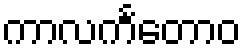
ကာလင်္ကတောဝ